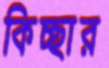
কিচ্ছার